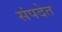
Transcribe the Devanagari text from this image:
संपदेत